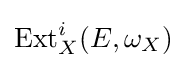
\operatorname {Ext} _{X}^{i}(E,\omega _{X})